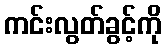
ကင်းလွတ်ခွင့်ကို